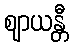
ဈာယန္တီ